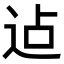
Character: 迠